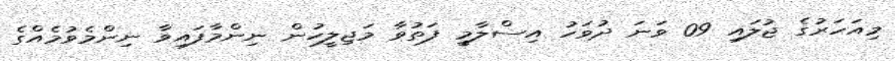
މިއަހަރުގެ ޖުލައި 09 ވަނަ ދުވަހު އިސްލާމީ ފަތުވާ މަޖިލީހުން ނިންމާފައިވާ ނިންމެވުމެއްގެ